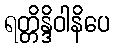
ရတ္တိန္ဒိဝါနိပေ